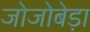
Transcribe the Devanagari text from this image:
जोजोबेड़ा